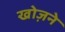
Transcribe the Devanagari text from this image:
खोज़ने